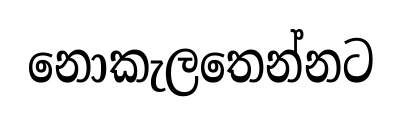
නොකැලතෙන්නට